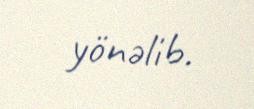
yönəlib.